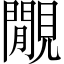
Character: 覵